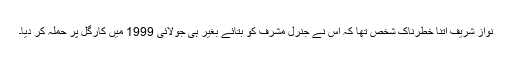
نواز شریف اتنا خطرناک شخص تھا کہ اس نے جنرل مشرف کو بتائے بغیر ہی جولائی 1999 میں کارگل پر حملہ کر دیا۔